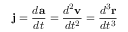
\mathbf { j } = { \frac { d \mathbf { a } } { d t } } = { \frac { d ^ { 2 } \mathbf { v } } { d t ^ { 2 } } } = { \frac { d ^ { 3 } \mathbf { r } } { d t ^ { 3 } } }